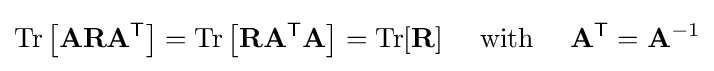
\mathrm {Tr} \left[\mathbf {A} \mathbf {R} \mathbf {A} ^{\mathsf {T}}\right]=\mathrm {Tr} \left[\mathbf {R} \mathbf {A} ^{\mathsf {T}}\mathbf {A} \right]=\mathrm {Tr} [\mathbf {R} ]\quad {\text{ with }}\quad \mathbf {A} ^{\mathsf {T}}=\mathbf {A} ^{-1}